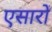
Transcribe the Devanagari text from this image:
एसारों